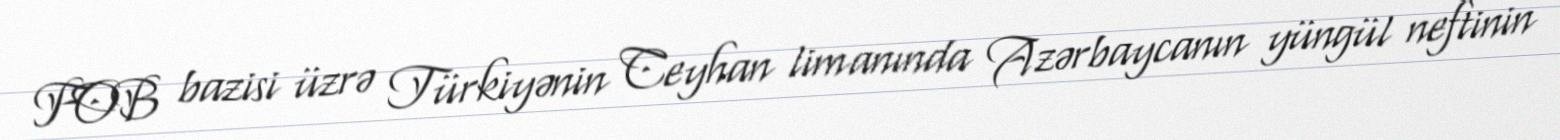
FOB bazisi üzrə Türkiyənin Ceyhan limanında Azərbaycanın yüngül neftinin